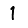
Digit: 1